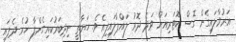
އަރުވާލައިގެން ގޮސް ކޮޓަރިއަށް ވަދެ ދޮރު ލައްޕާލައިފިއެވެ. ހަޔާތީ ނިދިބަރުކައިގެންފާ ހުރެ ދެފައި